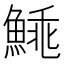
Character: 𩸼